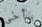
بأخي